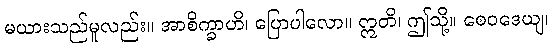
မယားသည်မူလည်း။ အာစိက္ခာဟိ၊ ပြောပါလော။ ဣတိ၊ ဤသို့။ စေဝဒေယျ၊